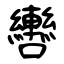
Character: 轡